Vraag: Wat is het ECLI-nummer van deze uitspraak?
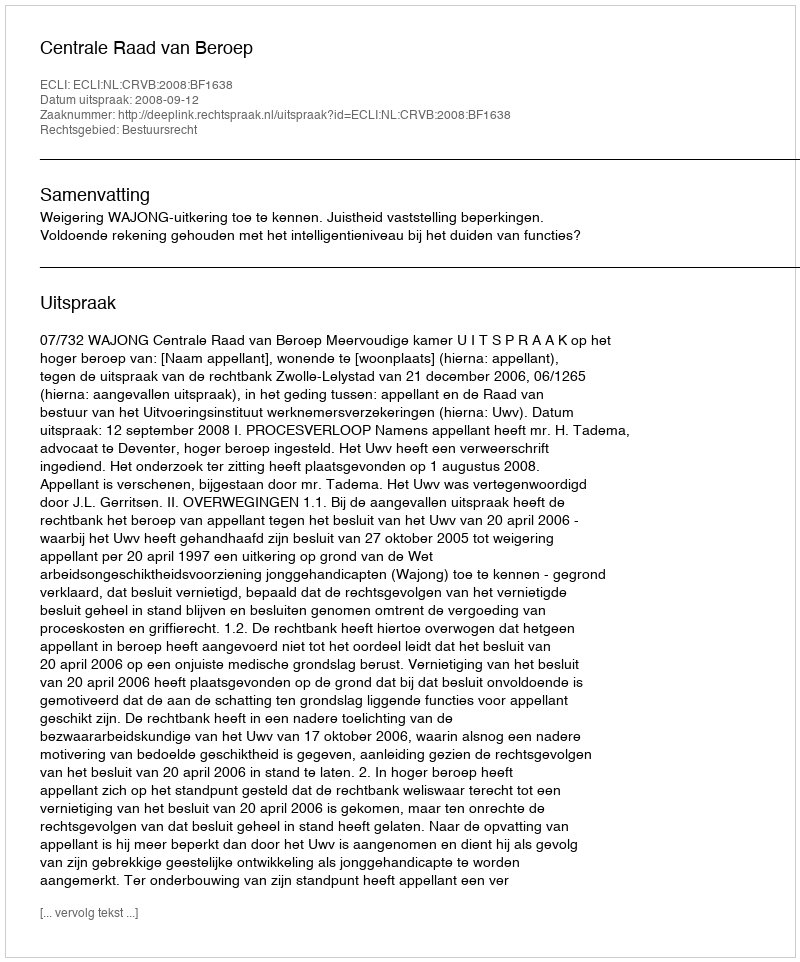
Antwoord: ECLI:NL:CRVB:2008:BF1638